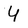
Character: Y